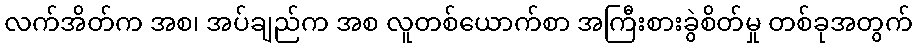
လက်အိတ်က အစ၊ အပ်ချည်က အစ လူတစ်ယောက်စာ အကြီးစားခွဲစိတ်မှု တစ်ခုအတွက်